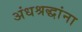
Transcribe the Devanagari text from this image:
अंधश्रद्धांना